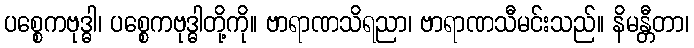
ပစ္စေကဗုဒ္ဓါ၊ ပစ္စေကဗုဒ္ဓါတို့ကို။ ဗာရာဏသိရညာ၊ ဗာရာဏသီမင်းသည်။ နိမန္တီတာ၊